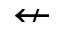
\nleftarrow